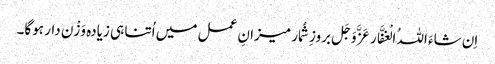
اِن شاءَ اللہُ الْغفَّار عَزَّوَجَل بروزِ شُمار میزانِ عمل میں اُتنا ہی زیادہ وَزْن دار ہوگا۔